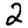
Digit: 2